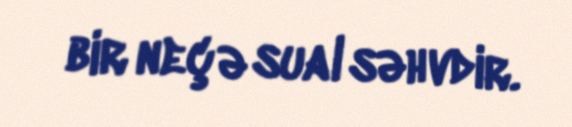
bir neçə sual səhvdir.